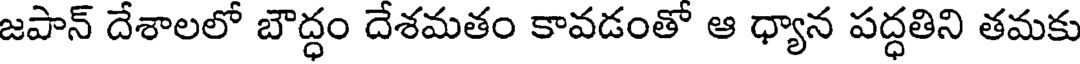
జపాన్ దేశాలలో బౌద్ధం దేశమతం కావడంతో ఆ ధ్యాన పద్ధతిని తమకు